Code of medical and sanitary regulations for the guidance of medical officers serving in the Madras Presidency - Volume I
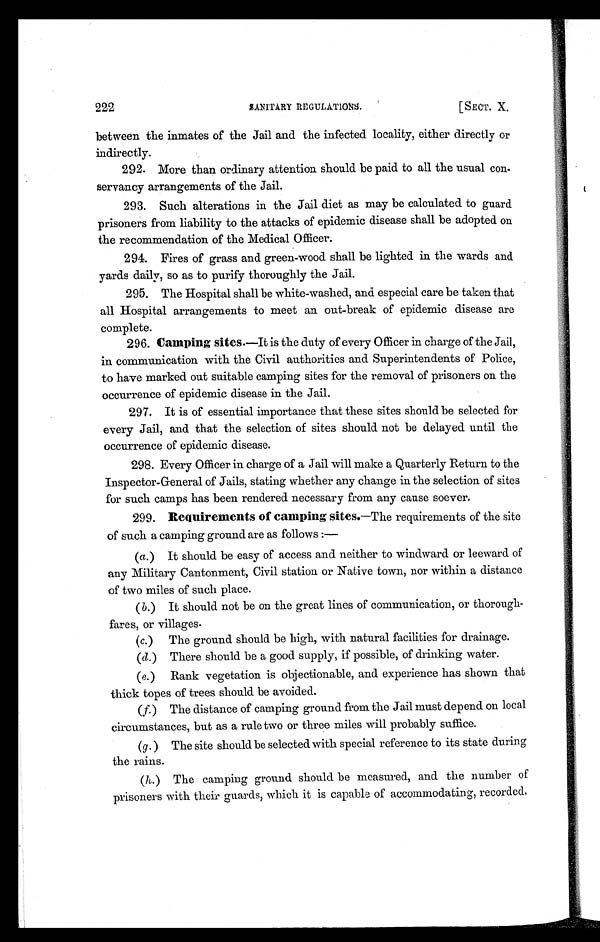
222
SANITARY REGULATIONS.
[SECT. X.
between the inmates of the Jail and the infected locality, either directly or
indirectly.
292. More than ordinary attention should be paid to all the usual con-
servancy arrangements of the Jail.
293. Such alterations in the Jail diet as may be calculated to guard
prisoners from liability to the attacks of epidemic disease shall be adopted on
the recommendation of the Medical Officer.
294. Fires of grass and green-wood shall be lighted in the wards and
yards daily, so as to purify thoroughly the Jail.
295. The Hospital shall be white-washed, and especial care be taken that
all Hospital arrangements to meet an out-break of epidemic disease are
complete.
296. Camping sites. —It is the duty of every Officer in charge of the Jail,
in communication with the Civil authorities and Superintendents of Police,
to have marked out suitable camping sites for the removal of prisoners on the
occurrence of epidemic disease in the Jail.
297. It is of essential importance that these sites should be selected for
every Jail, and that the selection of sites should not be delayed until the
occurrence of epidemic disease.
298. Every Officer in charge of a Jail will make a Quarterly Return to the
Inspector-General of Jails, stating whether any change in the selection of sites
for such camps has been rendered necessary from any cause soever.
299.
Requirements of camping sites. —The requirements of the site
of such a camping ground are as follows :—
(a.) It should be easy of access and neither to windward or leeward of
any Military Cantonment, Civil station or Native town, nor within a distance
of two miles of such place.
(b.) It should not be on the great lines of communication, or thorough-
fares, or villages.
(c.) The ground should be high, with natural facilities for drainage.
(d.) There should be a good supply, if possible, of drinking water.
(e.) Rank vegetation is objectionable, and experience has shown that
thick topes of trees should be avoided.
(f.) The distance of camping ground from the Jail must depend on local
circumstances, but as a rule two or three miles will probably suffice.
(g.) The site should be selected with special reference to its state during
the rains.
(h.) The camping ground should be measured, and the number of
prisoners with their guards, which it is capable of accommodating, recorded.